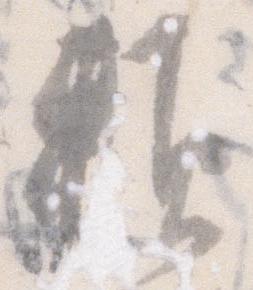
頼